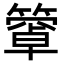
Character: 𥴄